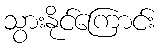
သွားနိုင်ကြောင်း